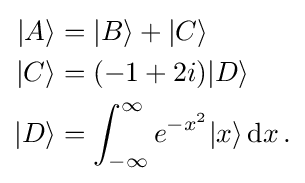
{\begin{aligned}|A\rangle &=|B\rangle +|C\rangle \\|C\rangle &=(-1+2i)|D\rangle \\|D\rangle &=\int _{-\infty }^{\infty }e^{-x^{2}}|x\rangle \,\mathrm {d} x\,.\end{aligned}}